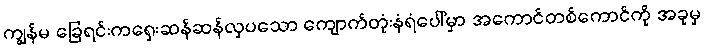
ကျွန်မ ခြေရင်းကရှေးဆန်ဆန်လှပသော ကျောက်တုံးနံရံပေါ်မှာ အကောင်တစ်ကောင်ကို အခုမှ